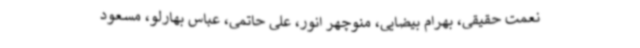
نعمت حقیقی، بهرام بیضایی، منوچهر انور، علی حاتمی، عباس بهارلو، مسعود